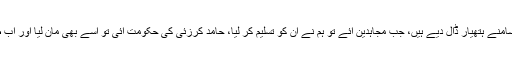
لوگر میں ایک استاد کا کہنا تھا کہ ’’ہم نے سب کے سامنے ہتھیار ڈال دیے ہیں، جب مجاہدین آئے تو ہم نے ان کو تسلیم کر لیا، حامد کرزئی کی حکومت آئی تو اسے بھی مان لیا اور اب طالبان آئے تو ان کے سامنے بھی سر تسلیم خم کر لیا۔